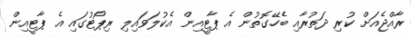
ރާއްޖެއަށް ކުރި ދަތުރާއި ބެހޭގޮތުން އެ ޕާޓީއިން އެކުލަވައިލި ރިޕޯޓުގައި އެ ޕާޓީއިން